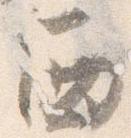
西